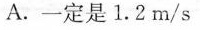
A. 一定是1.2m/s